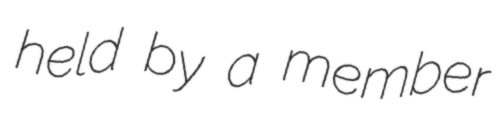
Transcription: held by a member